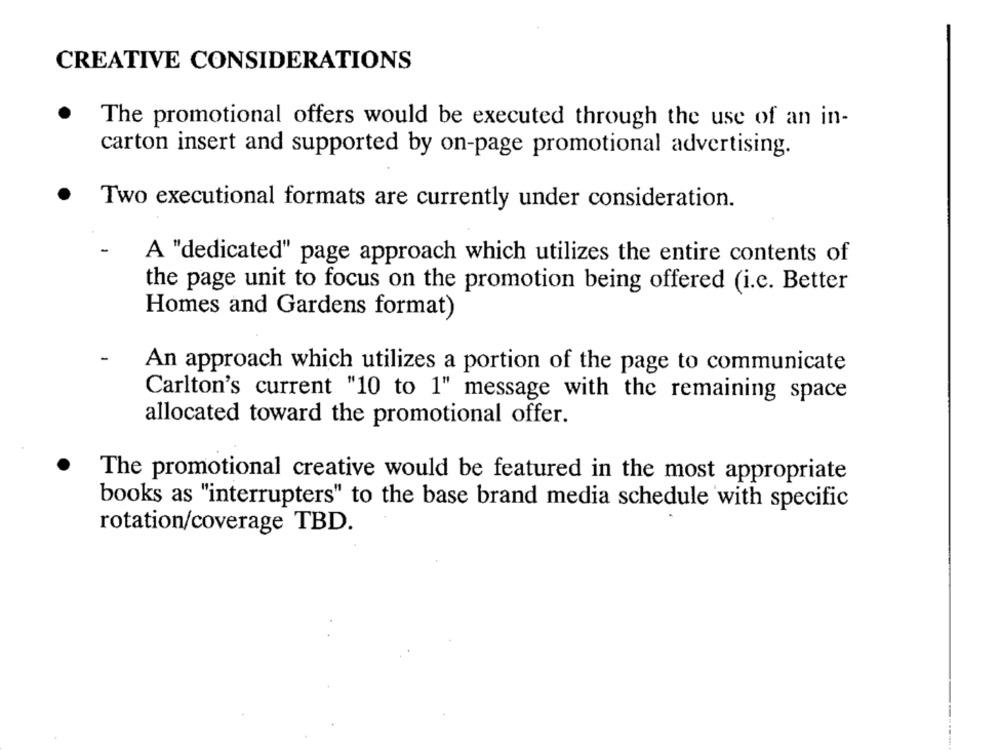
CREATIVE CONSIDERATIONS
The promotional offers would be executed through the use of an in-
carton insert and supported by on-page promotional advertising.
.
Two executional formats are currently under consideration.
A "dedicated" page approach which utilizes the entire contents of
the page unit to focus on the promotion being offered (i.c. Better
Homes and Gardens format)
An approach which utilizes a portion of the page to communicate
Carlton's current "10 to 1" message with the remaining space
allocated toward the promotional offer.
The promotional creative would be featured in the most appropriate
books as "interrupters" to the base brand media schedule with specific
rotation/coverage TBD.